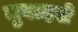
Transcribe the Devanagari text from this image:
मुबाहसे